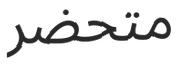
متحضر